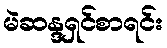
မဲဆန္ဒရှင်စာရင်း